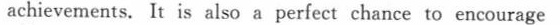
achievements. It is also a perfect chance to encourage